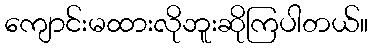
ကျောင်းမထားလိုဘူးဆိုကြပါတယ်။